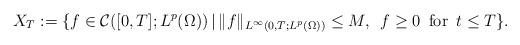
LaTeX: \begin{align*}X_{T}:=\{f\in\mathcal{C}([0,T];L^{p}(\Omega))\,|\, \|f\|_{L^{\infty}(0,T;L^{p}(\Omega))}\le M,\,\,\,f\ge0 \,\mbox{ for }\,t\le T\}.\end{align*}